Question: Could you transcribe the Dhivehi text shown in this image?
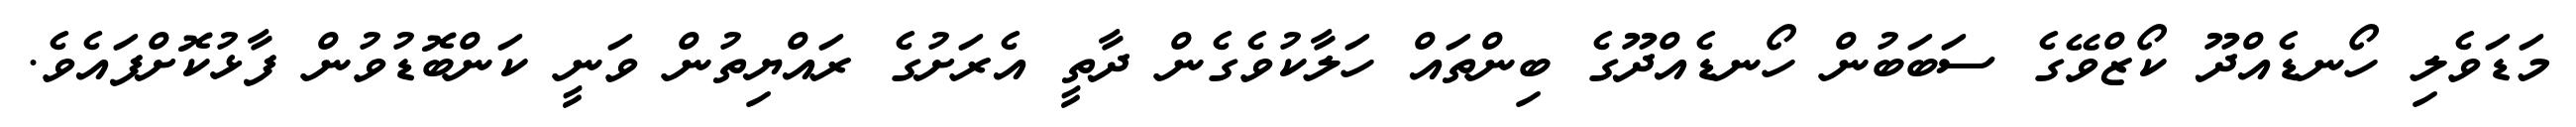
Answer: މަޑަވެލި ހޯނޑެއްދޫ ކޯޒްވޭގެ ސަބަބުން ހޯނޑެއްދޫގެ ބިންތައް ހަލާކުވެގެން ދާތީ އެރަށުގެ ރައްޔިތުން ވަނީ ކަންބޮޑުވުން ފާޅުކޮށްފައެވެ.